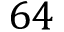
6 4